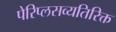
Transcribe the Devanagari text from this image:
पेरिप्लसव्यतिरिक्त